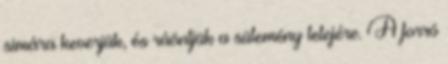
simára keverjük, és ráöntjük a sütemény tetejére. A forró